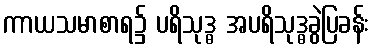
ကာယသမာစာရ၌ ပရိသုဒ္ဓ အပရိသုဒ္ဓခွဲပြခန်း